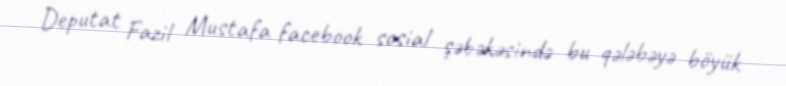
Deputat Fazil Mustafa facebook sosial şəbəkəsində bu qələbəyə böyük